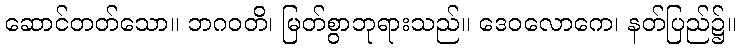
ဆောင်တတ်သော။ ဘဂဝတိ၊ မြတ်စွာဘုရားသည်။ ဒေဝလောကေ၊ နတ်ပြည်၌။